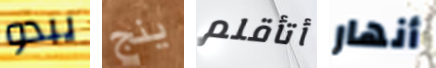
يبدو ينج أتأقلم أنهار